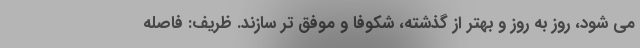
می شود، روز به روز و بهتر از گذشته، شکوفا و موفق تر سازند. ظریف: فاصله